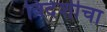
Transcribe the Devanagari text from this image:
विदेशीचा